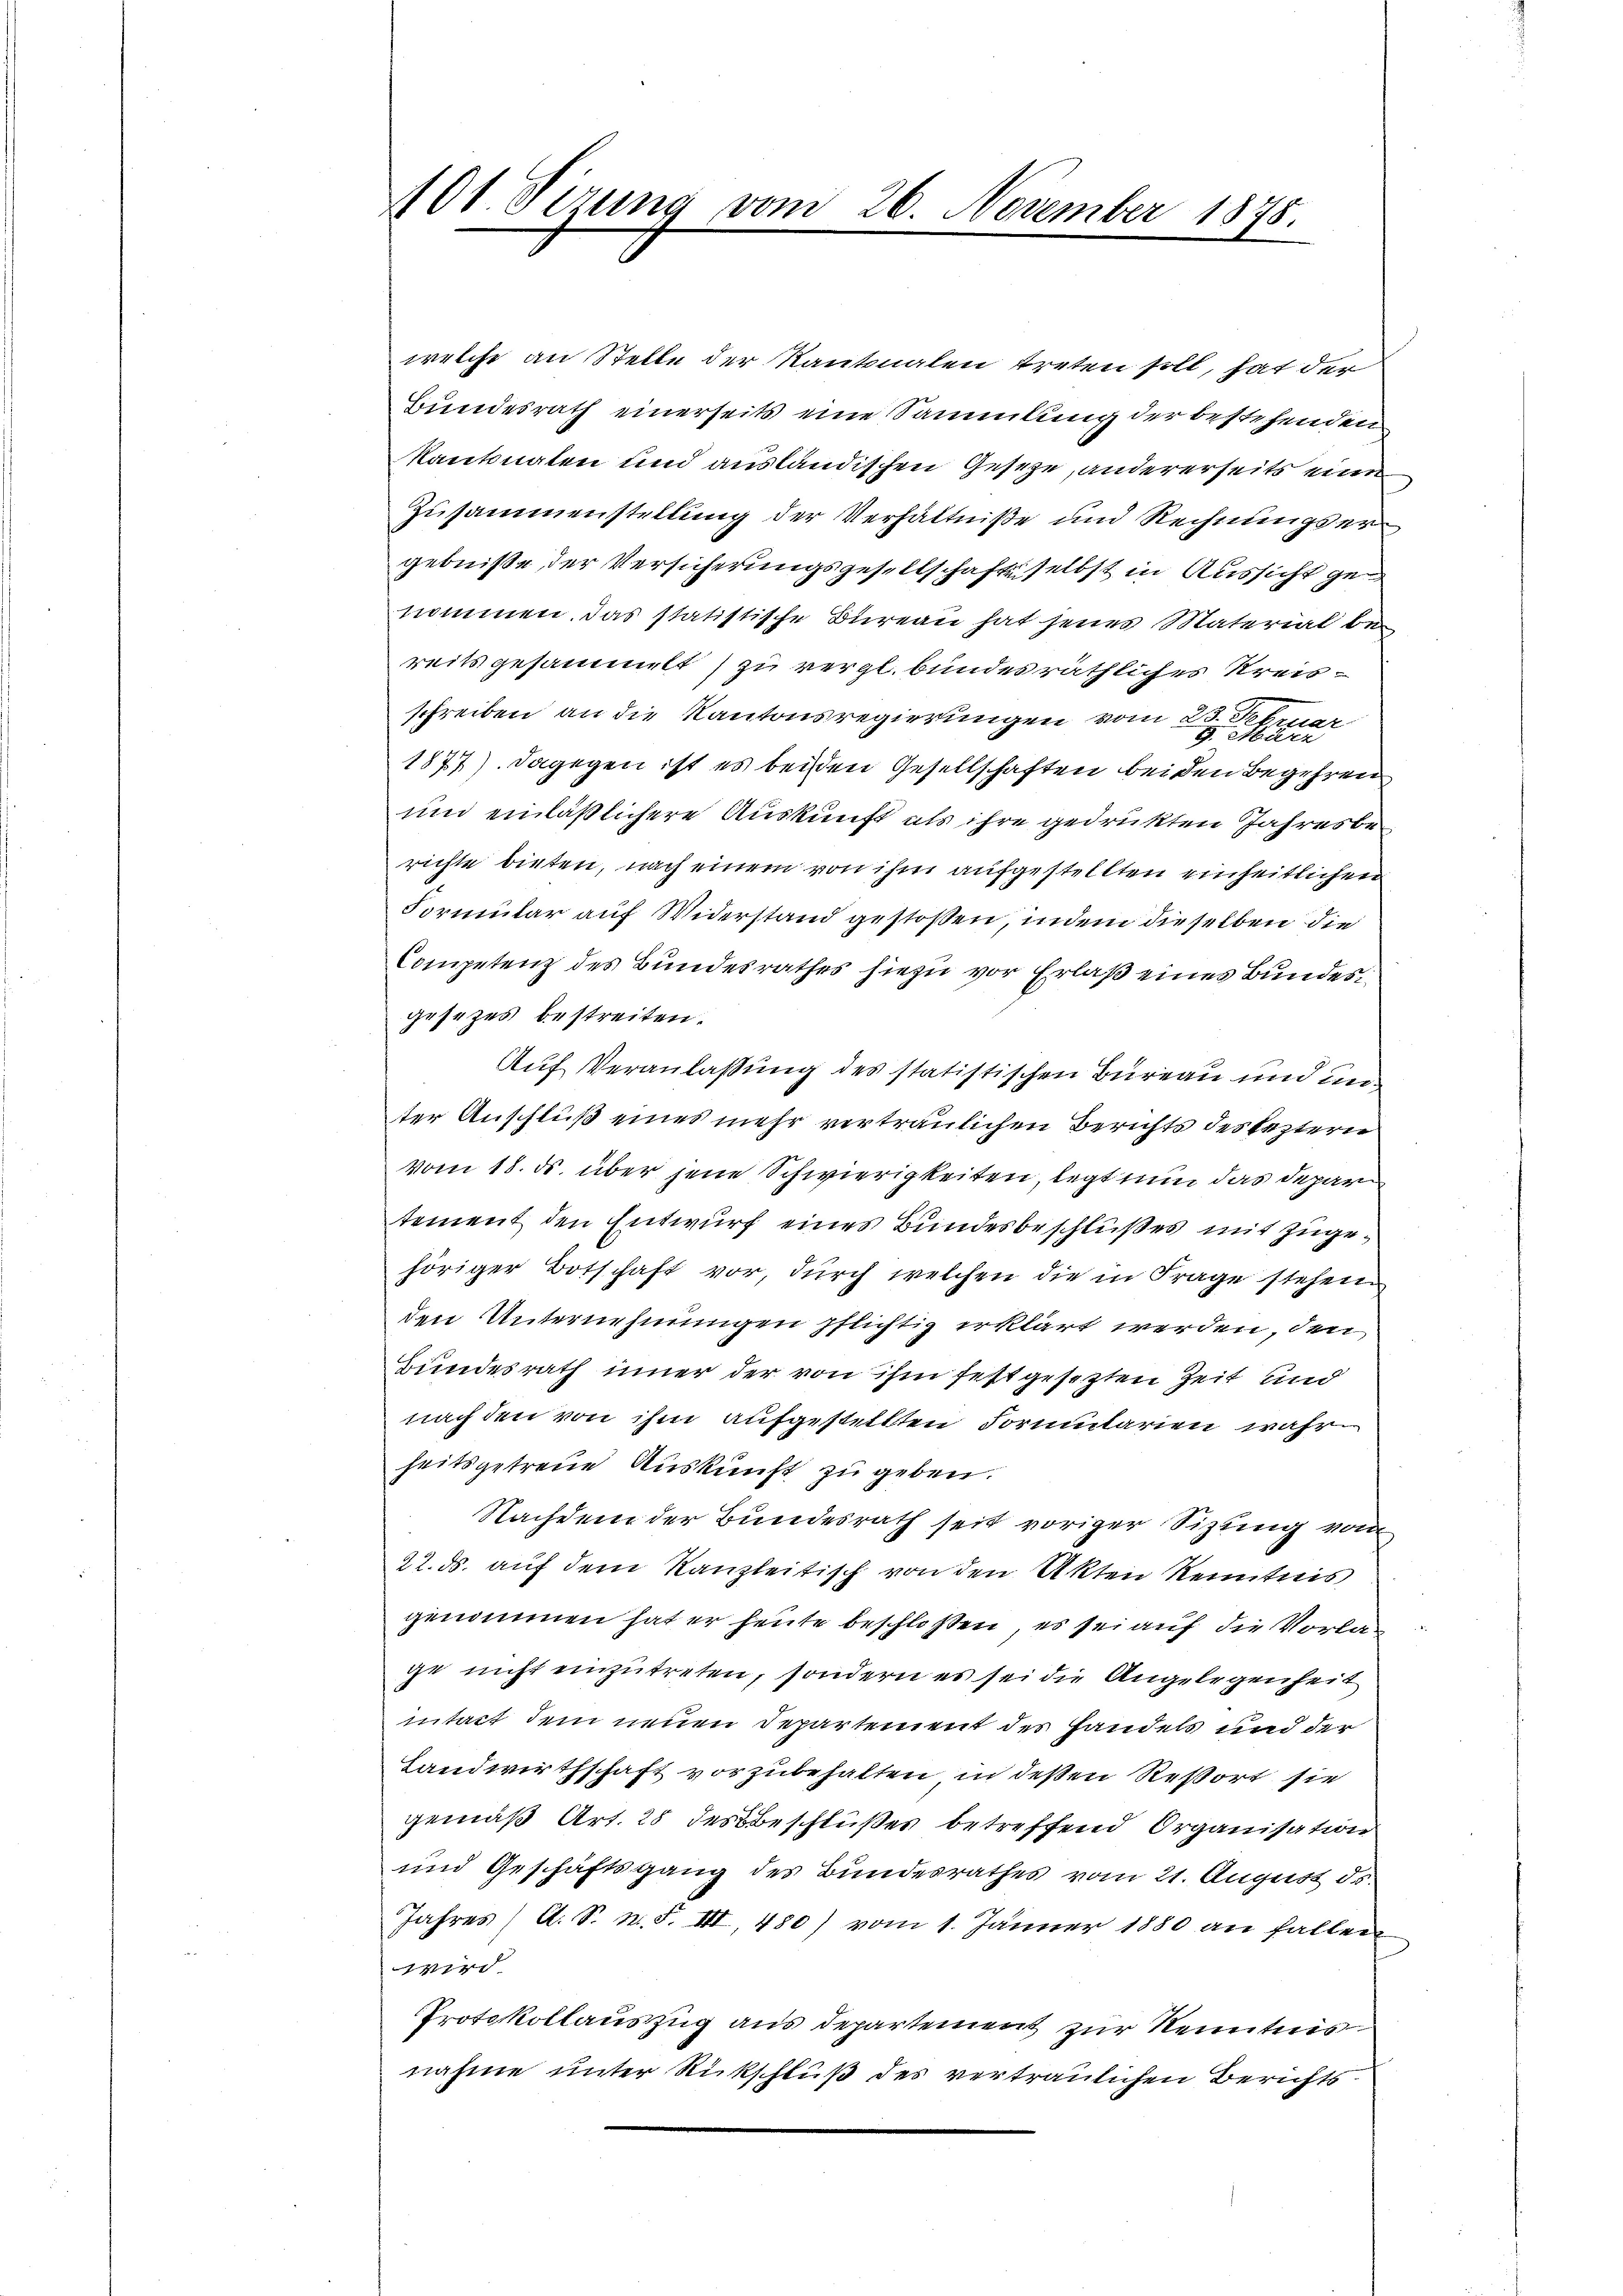
101. Sizung vom 26. November 1875.

welche an Stelle der Kantonalen treten soll, hat der
Bundesrath einerseits eine Sammlung der bestehenden
kantonalen und ausländischen Geseze, andererseits eine
Zusammenstellung der Verhältniße und Rechnungsergebniße, der Versicherungsgesellschaftsselbst in Aussicht genommen. Das statistische Bureau hat jenes Material bereits gesammelt zu vergl. bundes räthliches Kreisschreiben an die Kantonsregierungen vom 23. der
1877). Dagegen ist es beiden Gesellschaften beiden Begehren
und einläßlichere Auskunft als ihre gedrukten Jahresberichte bieten, nach einem von ihm aufgestellten einheitlichen
Formular auf Widerstand gestoßen, indem dieselben die
Competenz des Bundesrathes hiezu vor Erlaß eines Bundesgesezes bestreiten.
Auf Veranlaßung des statistischen Bureau und unter Anschluß eines mehr vertraulichen Berichts des leztern
vom 18. ds. über jene Schwierigkeiten, legt nun das Depar
tement den Entwurf eines Bundesbeschlußes mit zugehöriger Botschaft vor, durch welchen die in Frage stehene
den Unternehmungen pflichtig erklärt werden, den
Bundesrath inner der von ihm festgesetzten Zeit und
nach den von ihm aufgestellten Formularien wahr
heitsgetreue Auskunft zu geben.
Nachdem der Bundesrath seit voriger Sizung vom
22. ds. auf dem Kanzleitisch von den Akten Kenntnis
genommen hat er heute beschloßen, es sei auf die Vorlage nicht einzutreten, sondern es sei die Angelegenheit
intact dem neuen Departement des Handels und der
Landwirthschaft vorzubehalten in deßen Resort sie
gemäß Art. 28 des Beschlußes betreffend Organisation
und Geschäftsgang des Bundesrathes vom 21. August ds.
Jahres (A. S. n. F. III 480) vom 1. Jänner 1880 an fallen

Protokollauszug aus Departement zur Kenntnis
nahme unter Rückschluß des vertraulichen Berichts